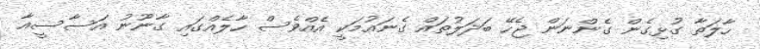
ހާލަތާ ގުޅިގެން ގެންނަން ޖެހޭ ބަދަލުތައް ގެނައުމަކީ އެއްވެސް ހާލެއްގައި ގާނޫނު އަސާސީއާ